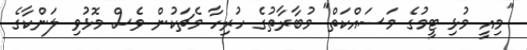
"މިއީ މުޅި ޓީމުގެ މަސައްކަތް" މުބާރާތުގެ ހުރިހާ މެޗަކުން ވެސް މޮޅުވި ލަންކާގެ